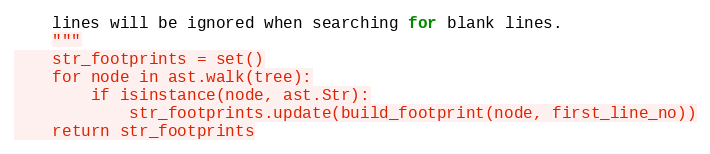
Language: Python
    lines will be ignored when searching for blank lines.
    """
    str_footprints = set()
    for node in ast.walk(tree):
        if isinstance(node, ast.Str):
            str_footprints.update(build_footprint(node, first_line_no))
    return str_footprints